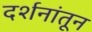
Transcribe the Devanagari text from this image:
दर्शनांतून